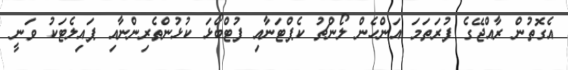
އެގޮތުން ރާއްޖޭގެ ފުރަތަމަ އަންހެން ލޯންޗު ކެޕްޓަނާއި ފުޓްބޯޅަ ކުޅުންތެރިންނާއި ޕައިލެޓަކު ވަނީ